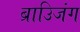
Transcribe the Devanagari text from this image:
ब्राउिजंग